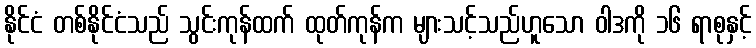
နိုင်ငံ တစ်နိုင်ငံသည် သွင်းကုန်ထက် ထုတ်ကုန်က များသင့်သည်ဟူသော ဝါဒကို ၁၆ ရာစုနှင့်